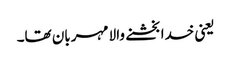
یعنی خدا بخشنے والا مہربان تھا۔